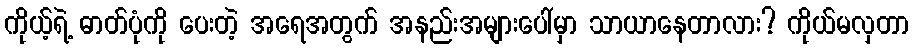
ကိုယ့်ရဲ့ ဓာတ်ပုံကို ပေးတဲ့ အရေအတွက် အနည်းအများပေါ်မှာ သာယာနေတာလား? ကိုယ်မလှတာ